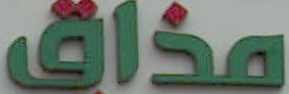
مذاق